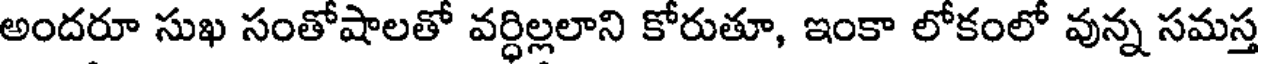
అందరూ సుఖ సంతోషాలతో వర్ధిల్లలాని కోరుతూ, ఇంకా లోకంలో వున్న సమస్త